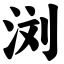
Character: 浏